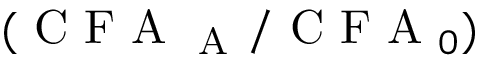
( \mathrm { ~ C ~ F ~ A ~ } _ { \mathrm { ~ A ~ } } / \mathrm { ~ C ~ F ~ A ~ } _ { 0 } )